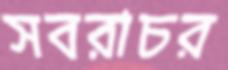
সবরাচর